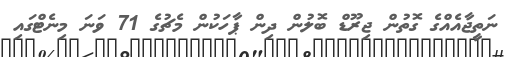
ނަތީޖާއެއްގެ ގޮތުން ޖިރޫޑް ބޮލުން ދިން ޕާހަކުން މެޗުގެ 71 ވަނަ މިނެޓްގައި